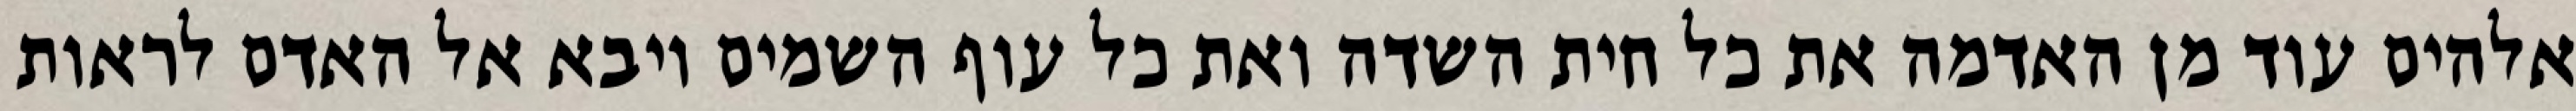
אלהים עוד מן האדמה את כל חית השדה ואת כל עוף השמים ויבא אל האדם לראות